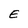
Character: E